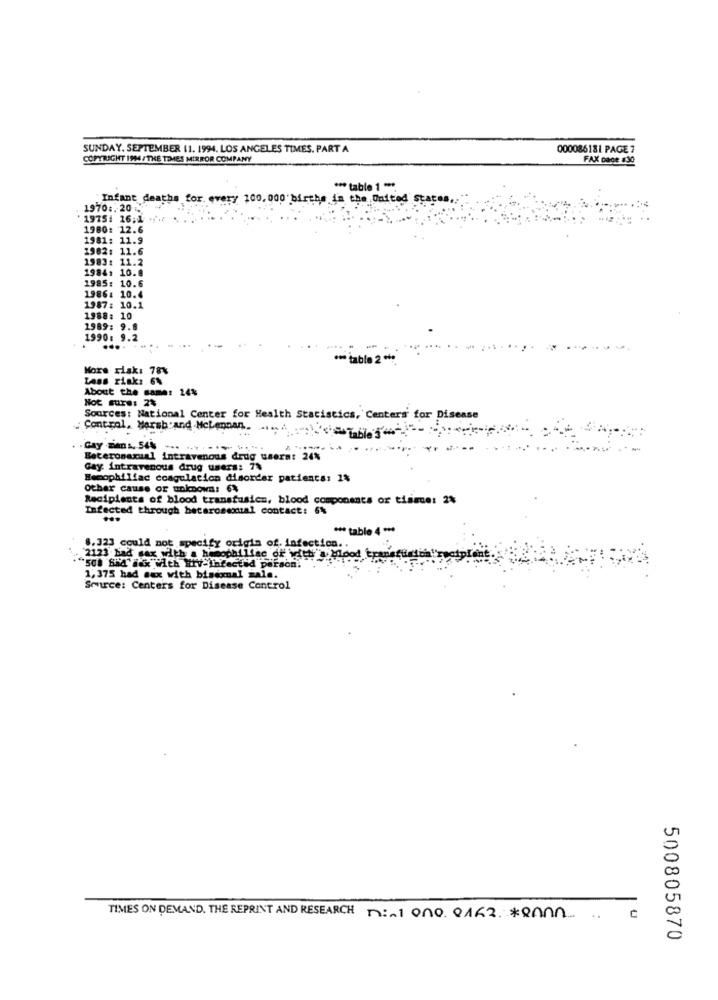
SUNDAY, SEPTEMBER 11. 1994. LOS ANGELES TIMES. PART A
000086181 PAGE ?
COPYRIGHT 1994/THE TIMES MIRROR COMPANY
FAX Dage 8:30
*** table 1 ***
Infant deaths for. every 100, 000 births in the United states,
1970 :. 20.
' 1975: 16;1
1980: 12.
1981: 11.
1982:
11.6
1983: 11.2
1984: 10.8
1985: 10.6
1986: 10.4
1987: 10.1
1988: 10
1989: 9.8
1990: 9.2
*** table 2 ***
More risk: 78%
Lass risk: 6%
About the same: 24%
Not sure: 2%
Sources: National Center for Health Statistics, Centers for Disease
Control, Marsh and Mclennan. ..
Beteronaxual intravenous drug users: 24%
Gay: intravenous drug users: 7%
Hemophiliac coagulation disorder patients: 2%
Other cause or unknown: 6%
Recipients of blood transfusion, blood components or tissue: 2%
Infected through heterosexual contact: 6%
*** table 4 ***
8.323 could not specify origin of. infection ..
2123 had war with a hemophiliae off with's blood trance
"50. SMA'ils With Hiv-Infected person.
1,375 had sex with bisexual zale.
Source: Centers for Disease Control
TIMES ON DEMAND. THE REPRINT AND RESEARCH n :- 1 ono. 0462. * Ann .. .
500805870